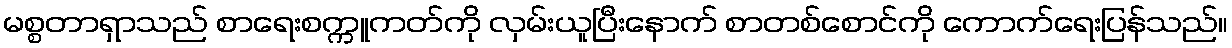
မစ္စတာရှာသည် စာရေးစက္ကူကတ်ကို လှမ်းယူပြီးနောက် စာတစ်စောင်ကို ကောက်ရေးပြန်သည်။